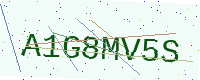
Text: A1G8MV5S